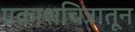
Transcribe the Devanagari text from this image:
प्रकाशचित्रातून